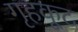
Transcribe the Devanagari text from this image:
गृहकूट